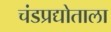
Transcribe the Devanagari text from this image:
चंडप्रद्योताला